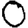
Digit: 0